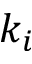
k _ { i }